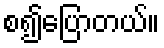
စ၍ပြောတယ်။